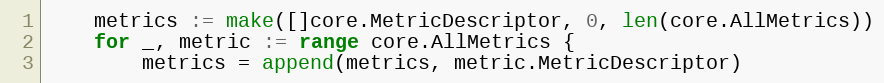
Language: Go
	metrics := make([]core.MetricDescriptor, 0, len(core.AllMetrics))
	for _, metric := range core.AllMetrics {
		metrics = append(metrics, metric.MetricDescriptor)